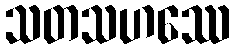
သတသဟဿေ